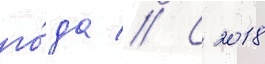
го́да // С 2018